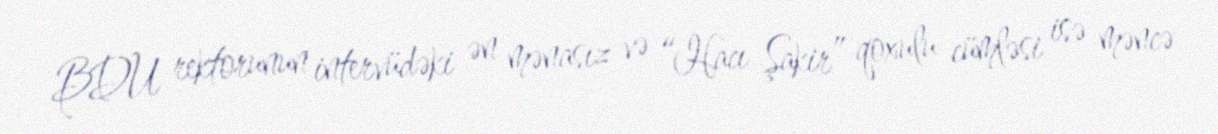
BDU rektorunun intervüdəki ən mənasız və “Hacı Şakir” qoxulu cümləsi isə məncə